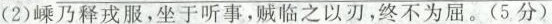
(2)嵊乃释戎服，坐于听事，贼临之以刃，终不为屈。(5分)